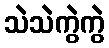
သဲသဲကွဲကွဲ